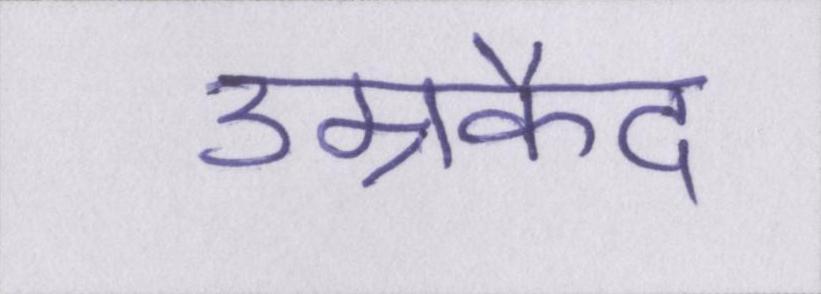
उम्रकैद